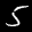
Label: 5